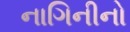
નાગિનીનો